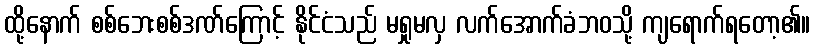
ထို့နောက် စစ်ဘေးစစ်ဒဏ်ကြောင့် နိုင်ငံသည် မရှုမလှ လက်အောက်ခံဘဝသို့ ကျရောက်ရတော့၏။